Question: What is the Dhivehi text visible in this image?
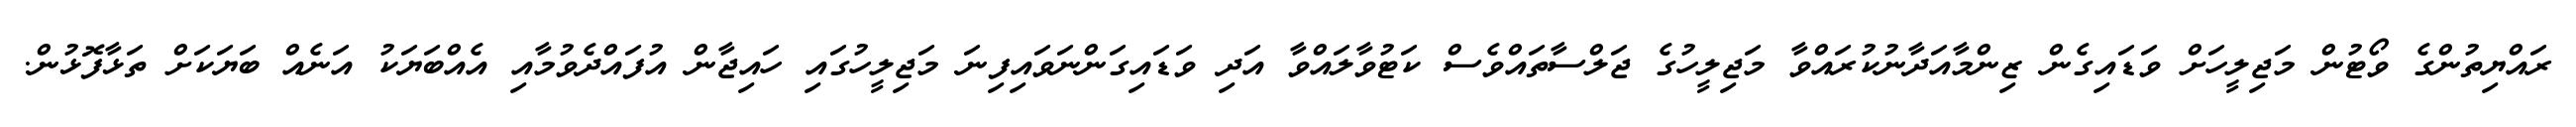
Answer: ރައްޔިތުންގެ ވޯޓުން މަޖިލީހަށް ވަޑައިގެން ޒިންމާއަދާނުކުރައްވާ މަޖިލީހުގެ ޖަލްސާތައްވެސް ކަޓުވާލައްވާ އަދި ވަޑައިގަންނަވައިފިނަ މަޖިލީހުގައި ހައިޖާން އުފައްދެވުމާއި އެއްބަޔަކު އަނެއް ބަޔަކަށް ތަޅާފޮޅުން.